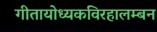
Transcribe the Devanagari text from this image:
गीतायोध्यकविरहालम्बन